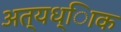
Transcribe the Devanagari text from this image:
अत्यध्ािक